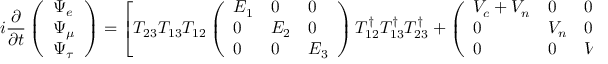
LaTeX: i \frac { \partial } { \partial t } \left( \begin{array} { l } { { \Psi _ { e } } } \\ { { \Psi _ { \mu } } } \\ { { \Psi _ { \tau } } } \end{array} \right) = \left[ T _ { 2 3 } T _ { 1 3 } T _ { 1 2 } \left( \begin{array} { l l l } { { E _ { 1 } } } & { { 0 } } & { { 0 } } \\ { { 0 } } & { { E _ { 2 } } } & { { 0 } } \\ { { 0 } } & { { 0 } } & { { E _ { 3 } } } \end{array} \right) T _ { 1 2 } ^ { \dagger } T _ { 1 3 } ^ { \dagger } T _ { 2 3 } ^ { \dagger } + \left( \begin{array} { l l l } { { V _ { c } + V _ { n } } } & { { 0 } } & { { 0 } } \\ { { 0 } } & { { V _ { n } } } & { { 0 } } \\ { { 0 } } & { { 0 } } & { { V _ { n } } } \end{array} \right) \right] \left( \begin{array} { l } { { \Psi _ { e } } } \\ { { \Psi _ { \mu } } } \\ { { \Psi _ { \tau } } } \end{array} \right) ,